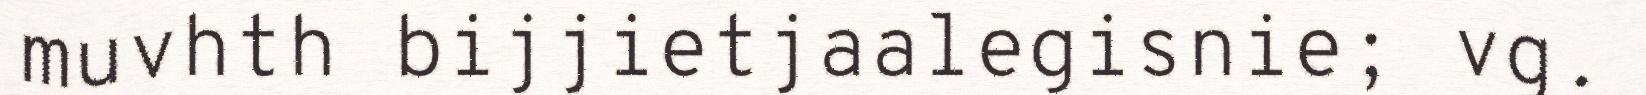
muvhth bijjietjaalegisnie; vg.